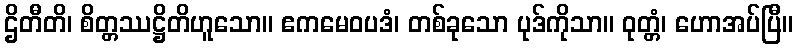
ဌိတီတိ၊ စိတ္တဿဋ္ဌိတိဟူသော။ ဧကမေဝပဒံ၊ တစ်ခုသော ပုဒ်ကိုသာ။ ဝုတ္တံ၊ ဟောအပ်ပြီ။